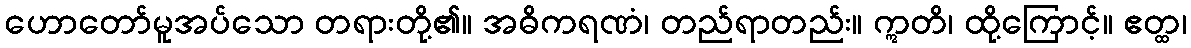
ဟောတော်မူအပ်သော တရားတို့၏။ အဓိကရဏံ၊ တည်ရာတည်း။ ဣတိ၊ ထို့ကြောင့်။ ဧတ္ထ၊